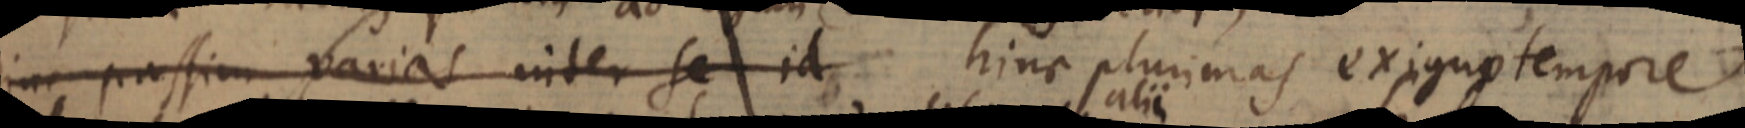
hinc passim varias inter se id hinc plurimas exiguo tempore